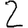
Digit: 2